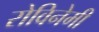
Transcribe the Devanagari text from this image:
रोविनेमी